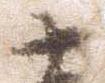
十